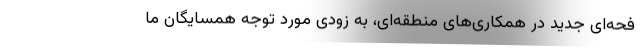
فحه‌ای جدید در همکاری‌های منطقه‌ای، به زودی مورد توجه همسایگان ما